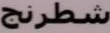
شطرنج